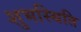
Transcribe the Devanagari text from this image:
शुभस्थिति